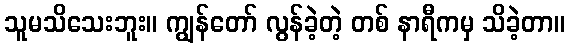
သူမသိသေးဘူး။ ကျွန်တော် လွန်ခဲ့တဲ့ တစ် နာရီကမှ သိခဲ့တာ။